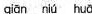
qian niú huǎ